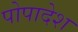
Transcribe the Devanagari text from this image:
पोपादेश